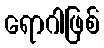
ရောဂါဖြစ်